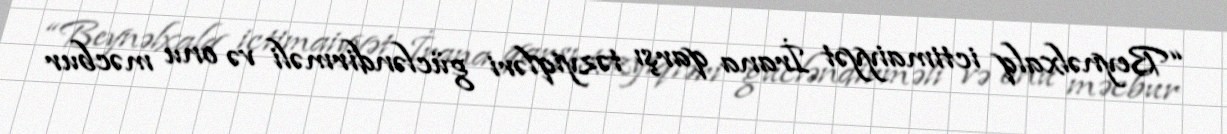
“Beynəlxalq ictimaiyyət İrana qarşı təzyiqləri gücləndirməli və onu məcbur